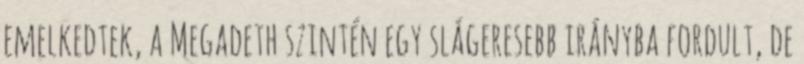
emelkedtek, a Megadeth szintén egy slágeresebb irányba fordult, de